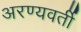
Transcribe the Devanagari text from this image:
अरण्यवर्ती